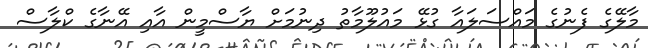
މާލޭގެ ފެނުގެ މަައްސަލައާ ގުޅޭ މައުލޫމާތު ދިނުމަށް ޔާސްމީން އާއި އޭނާގެ ކްލާސް